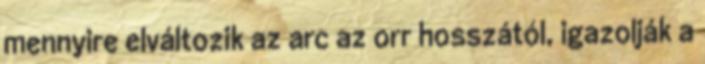
mennyire elváltozik az arc az orr hosszától, igazolják a